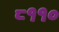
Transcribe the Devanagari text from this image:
८११०